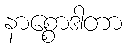
နာစ္စောဒါတာ